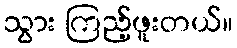
သွား ကြည့်ဖူးတယ်။